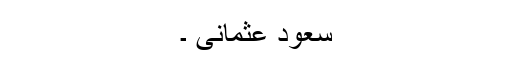
سعود عثمانی ۔